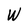
Character: W